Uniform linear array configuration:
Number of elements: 64
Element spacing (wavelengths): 0.5
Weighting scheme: binomial
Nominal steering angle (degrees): -45
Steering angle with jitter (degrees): -44.366
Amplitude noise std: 0.05
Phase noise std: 0.05

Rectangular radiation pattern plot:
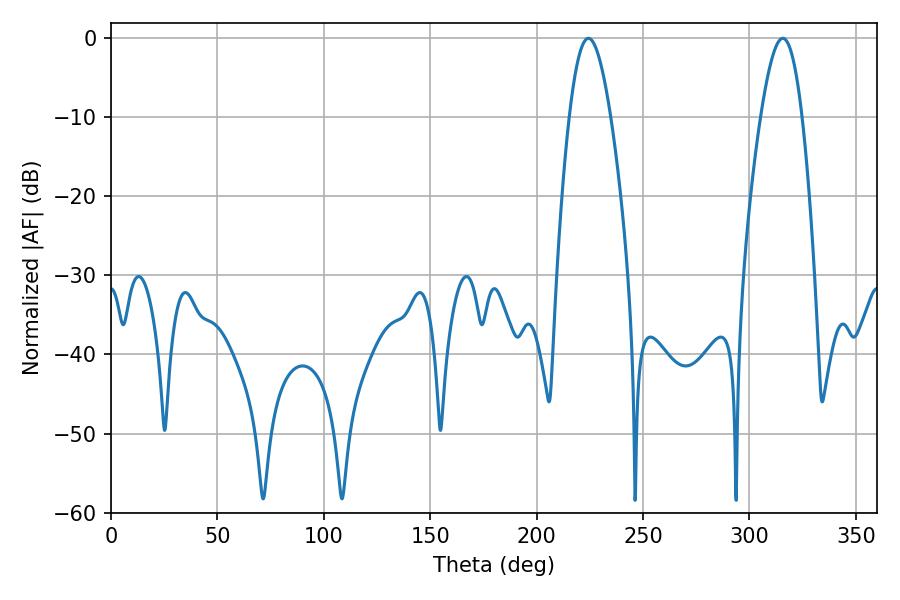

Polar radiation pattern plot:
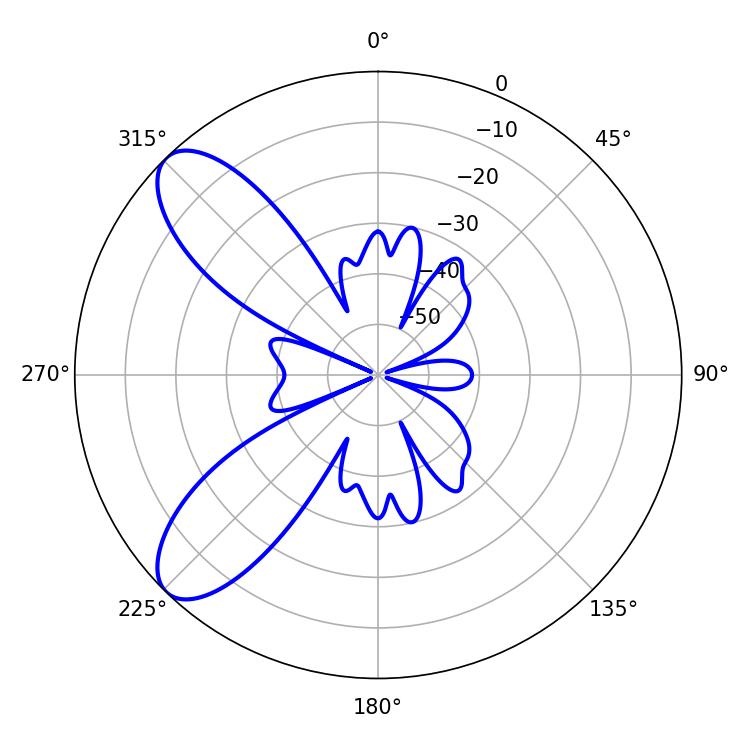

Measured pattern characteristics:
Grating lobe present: FALSE
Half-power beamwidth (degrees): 10.62
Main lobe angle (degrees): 315.72